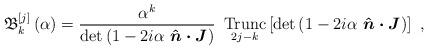
LaTeX: \begin{align*}\mathfrak{B}_{k}^{\left[ j\right] }\left( \alpha\right) =\frac{\alpha^{k}}{\det\left( 1-2i\alpha~\boldsymbol{\hat{n}\cdot J}\right) }~\operatorname*{Trunc}_{2j-k}\left[ \det\left( 1-2i\alpha~\boldsymbol{\hat{n}\cdot J}\right) \right] \ , \end{align*}